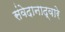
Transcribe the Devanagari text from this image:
संवेदानाद्वारे